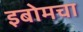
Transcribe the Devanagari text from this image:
इबोमचा